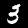
Digit: 3